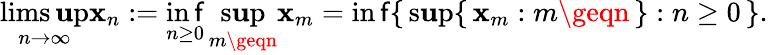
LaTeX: \operatorname*{lims\mathbf{u}p}_{n\to\infty}\mathbf{x}_{n}:=\operatorname*{in\mathsf{f}}_{n\geq0}\, \operatorname*{s\mathbf{u}p}_{m\geqn}\mathbf{x}_{m}=\operatorname*{in\mathsf{f}}\{ \, \operatorname*{s\mathbf{u}p}\{ \, \mathbf{x}_{m}:m\geqn\, \} :n\geq0\, \} .